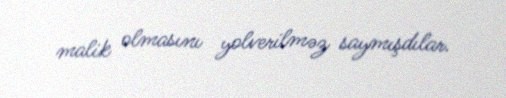
malik olmasını yolverilməz saymışdılar.